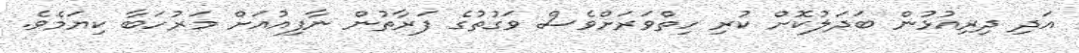
އަދި ދިރިއުޅުން ބަދަލުކޮށް ކުރި ހިތްވަރަށްވެސް ވަގުތުގެ ފަރާތުން ނާފިއުއަށް މަރުހަބާ ކިޔަމެވެ.